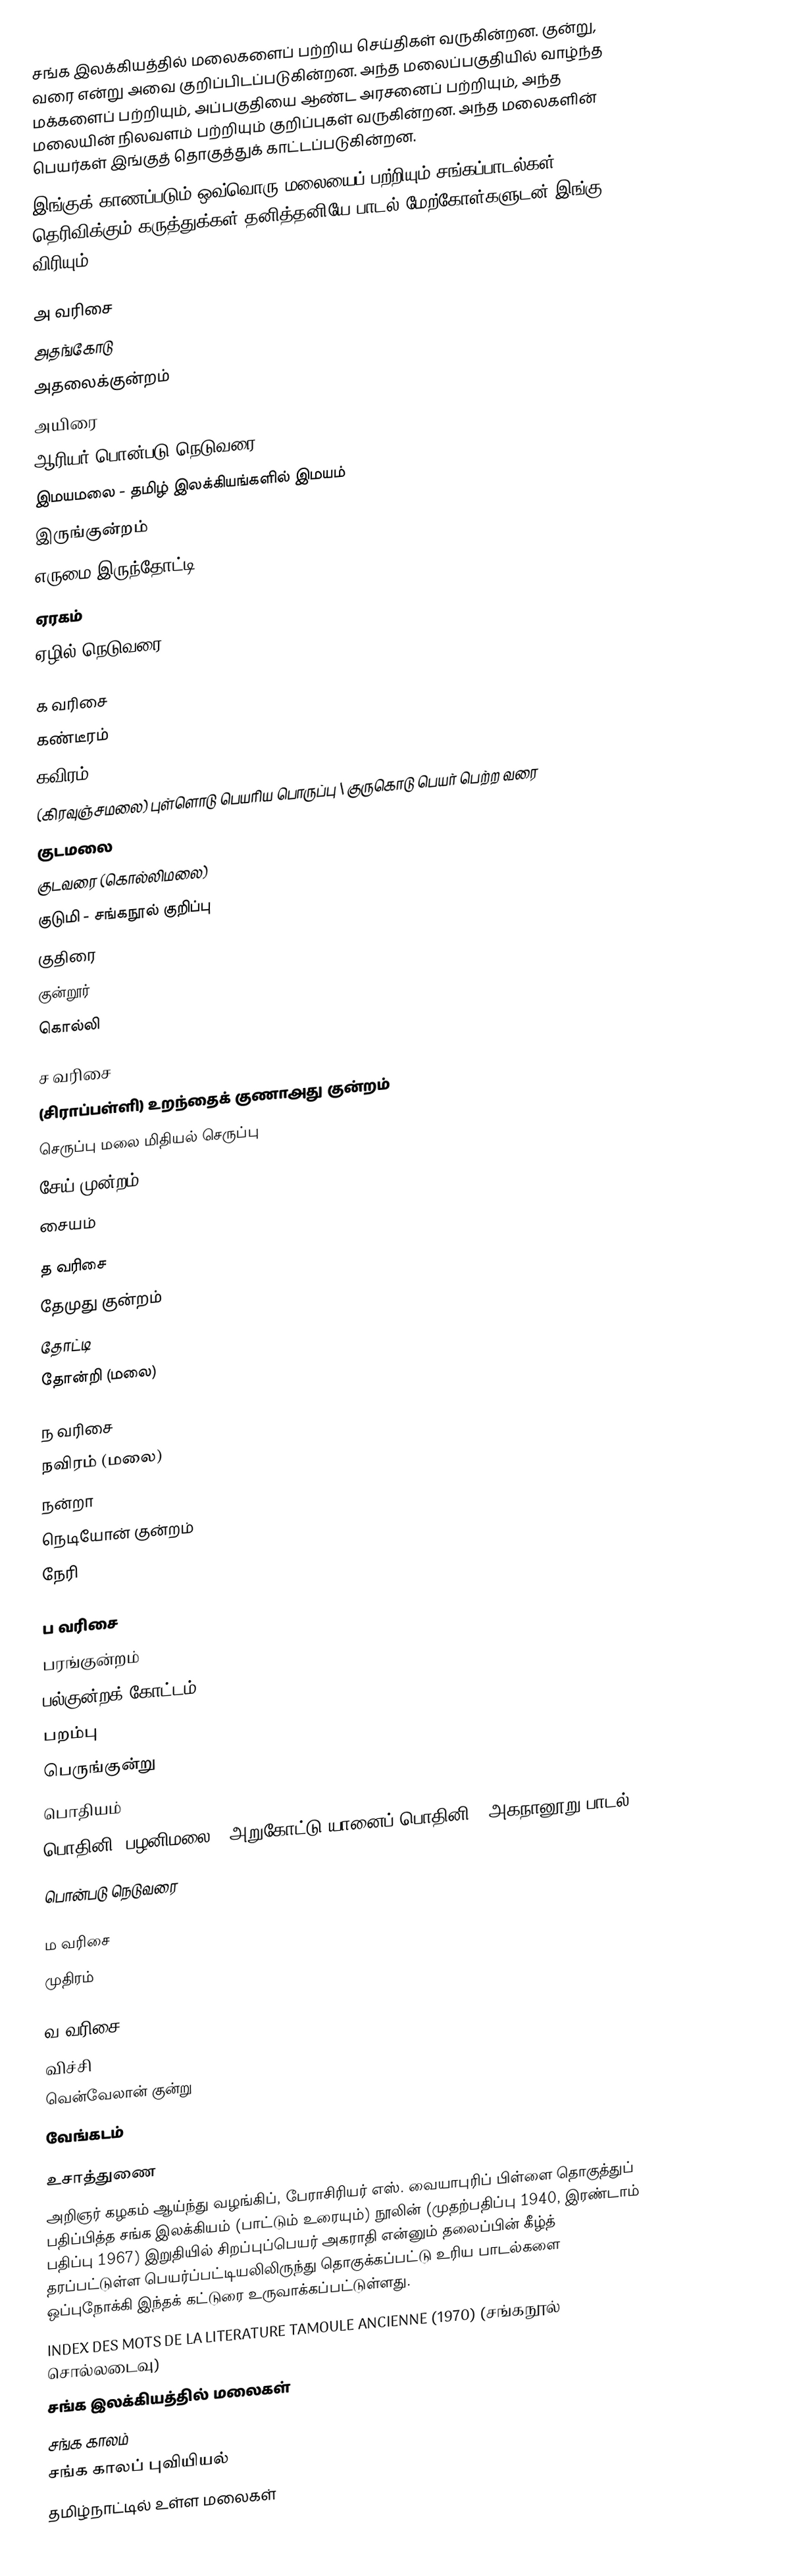
சங்க இலக்கியத்தில் மலைகளைப் பற்றிய செய்திகள் வருகின்றன. குன்று, வரை என்று அவை குறிப்பிடப்படுகின்றன. அந்த மலைப்பகுதியில் வாழ்ந்த மக்களைப் பற்றியும், அப்பகுதியை ஆண்ட அரசனைப் பற்றியும், அந்த மலையின் நிலவளம் பற்றியும் குறிப்புகள் வருகின்றன. அந்த மலைகளின் பெயர்கள் இங்குத் தொகுத்துக் காட்டப்படுகின்றன.
இங்குக் காணப்படும் ஒவ்வொரு மலையைப் பற்றியும் சங்கப்பாடல்கள் தெரிவிக்கும் கருத்துக்கள் தனித்தனியே பாடல் மேற்கோள்களுடன் இங்கு விரியும்.

அ வரிசை
 அதங்கோடு
 அதலைக்குன்றம்
 அயிரை
 ஆரியர் பொன்படு நெடுவரை
 இமயமலை - தமிழ் இலக்கியங்களில் இமயம்
 இருங்குன்றம்
 எருமை இருந்தோட்டி
 ஏரகம்
 ஏழில் நெடுவரை

க வரிசை
 கண்டீரம்
 கவிரம்
 (கிரவுஞ்சமலை) புள்ளொடு பெயரிய பொருப்பு \ குருகொடு பெயர் பெற்ற வரை
 குடமலை
 குடவரை (கொல்லிமலை)
 குடுமி - சங்கநூல் குறிப்பு
 குதிரை
 குன்றூர்
 கொல்லி

ச வரிசை
 (சிராப்பள்ளி) உறந்தைக் குணாஅது குன்றம்
 செருப்பு மலை மிதியல் செருப்பு
 சேய் முன்றம்
 சையம்

த வரிசை
 தேமுது குன்றம்
 தோட்டி
 தோன்றி (மலை)

ந வரிசை
 நவிரம் (மலை)
 நன்றா
 நெடியோன் குன்றம்
 நேரி

ப வரிசை
 பரங்குன்றம்
 பல்குன்றக் கோட்டம்
 பறம்பு
 பெருங்குன்று
 பொதியம்
 பொதினி (பழனிமலை) (அறுகோட்டு யானைப் பொதினி \ அகநானூறு பாடல் 1)
 பொன்படு நெடுவரை

ம வரிசை
 முதிரம்

வ வரிசை
 விச்சி
 வென்வேலான் குன்று
 வேங்கடம்

உசாத்துணை
 அறிஞர் கழகம் ஆய்ந்து வழங்கிப், பேராசிரியர் எஸ். வையாபுரிப் பிள்ளை தொகுத்துப் பதிப்பித்த சங்க இலக்கியம் (பாட்டும் உரையும்) நூலின் (முதற்பதிப்பு 1940, இரண்டாம் பதிப்பு 1967) இறுதியில் சிறப்புப்பெயர் அகராதி என்னும் தலைப்பின் கீழ்த் தரப்பட்டுள்ள பெயர்ப்பட்டியலிலிருந்து தொகுக்கப்பட்டு உரிய பாடல்களை ஒப்புநோக்கி இந்தக் கட்டுரை உருவாக்கப்பட்டுள்ளது.
 INDEX DES MOTS DE LA LITERATURE TAMOULE ANCIENNE (1970) (சங்கநூல் சொல்லடைவு)
சங்க இலக்கியத்தில் மலைகள்
சங்க காலம்
சங்க காலப் புவியியல்
தமிழ்நாட்டில் உள்ள மலைகள்